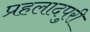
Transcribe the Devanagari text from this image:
प्रहलादपुरी